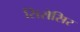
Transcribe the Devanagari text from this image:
सिरोसिर